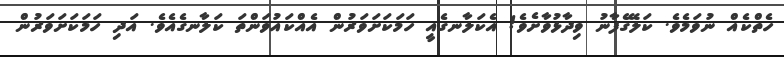
ހެތްކެއް ނުވަމެވެ. ކަލޭގެފާނު ވިދާޅުވާށެވެ! އެކަލާނގެއީ ހަމަކަށަވަރުން އެއްކައުވަންތަ ކަލާނގެއެވެ. އަދި ހަމަކަށަވަރުން